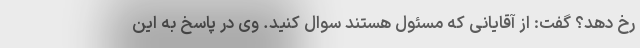
رخ دهد؟ گفت: از آقایانی که مسئول هستند سوال کنید. وی در پاسخ به این